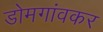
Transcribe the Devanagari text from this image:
डोमगांवकर